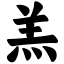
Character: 羔